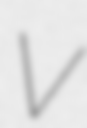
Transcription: V